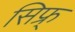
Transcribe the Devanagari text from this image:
सिफ्र्